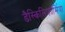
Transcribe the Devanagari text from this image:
डैस्किलिफ़ॉर्मिया